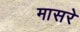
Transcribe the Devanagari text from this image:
मासरे